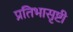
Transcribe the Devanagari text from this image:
प्रतिभासृष्टी